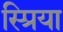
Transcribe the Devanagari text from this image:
स्प्रिया